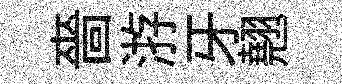
嗇㳺牙翹